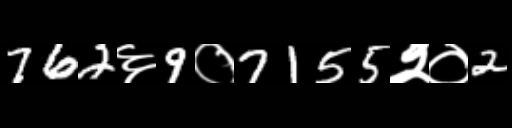
Text: 762६9०7155२०2